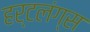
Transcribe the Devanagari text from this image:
हर्टलंग्स